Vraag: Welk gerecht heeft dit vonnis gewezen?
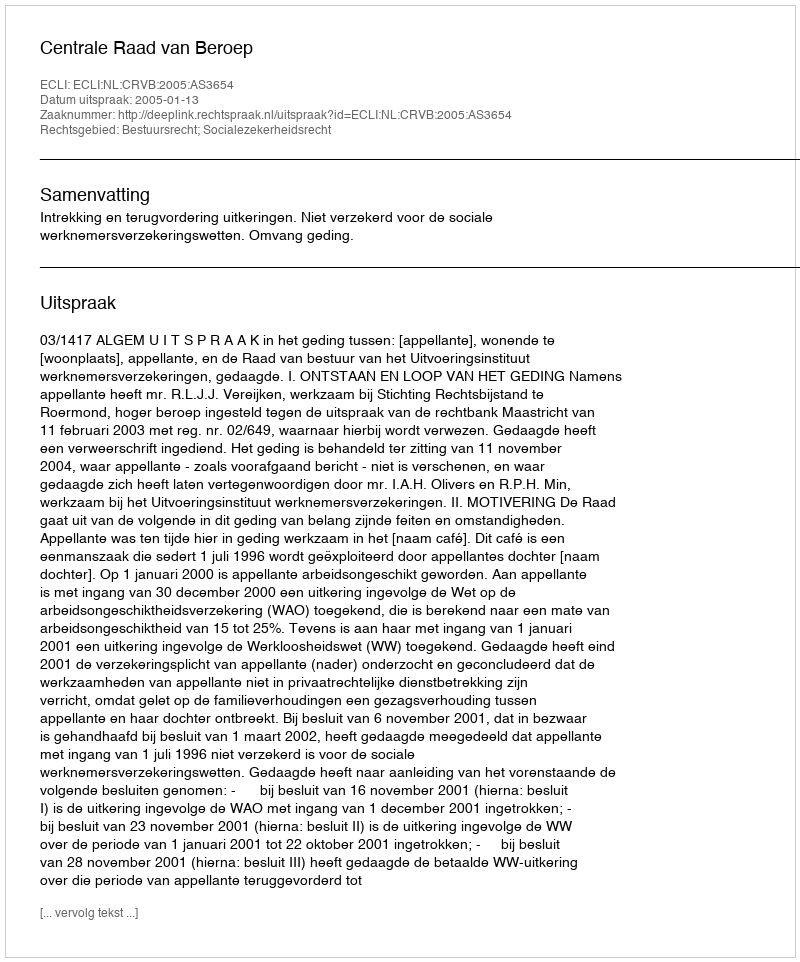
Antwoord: Centrale Raad van Beroep